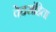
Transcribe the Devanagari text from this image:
वेदसंहिता